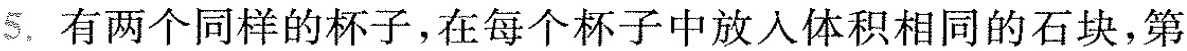
5.有两个同样的杯子，在每个杯子中放入体积相同的石块，第